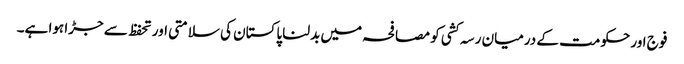
فوج اور حکومت کے درمیان رسہ کشی کو مصافحہ میں بدلنا پاکستان کی سلامتی اور تحفظ سے جڑا ہوا ہے۔